Vaccination in Burma 1920-1933 - 1920-1933
Year: 1920
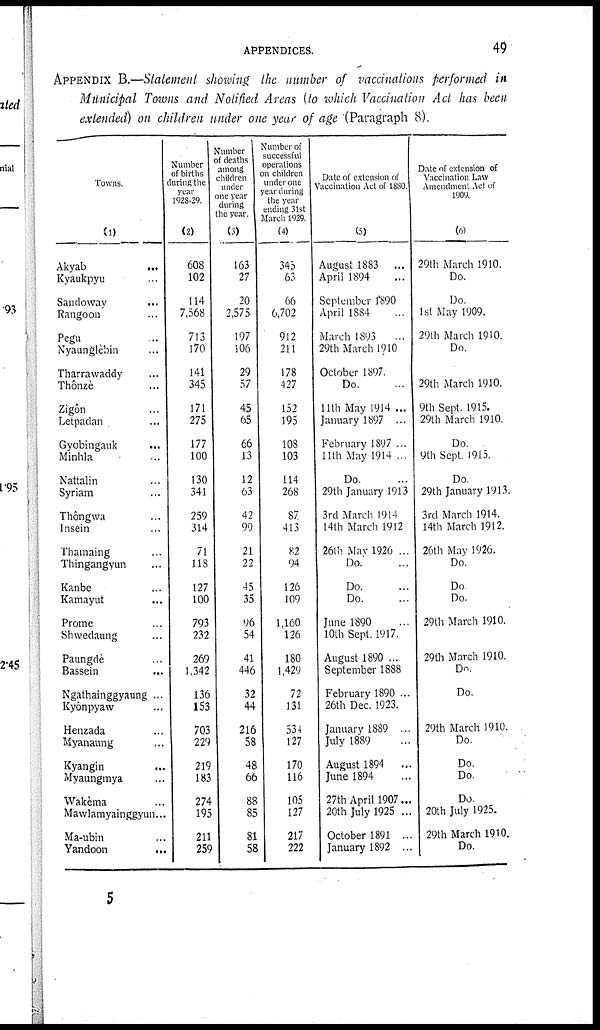
APPENDICES.
49
APPENDIX B.—Statement showing the number of vaccinations performed in
Municipal Towns and Notified Areas (to which Vaccination Act has been
extended) on children under one year of age (Paragraph 8).
Towns.
(1)
Akyab
...
Kyaukpyu ...
Sandoway
...
Rangoon ...
Pegu ...
Nyaunglèbin ...
Tharrawaddy ...
Thônzè ...
Zigôn ...
Letpadan ...
Gyobingauk ...
Minhla ...
Nattalin ...
Syriam ...
Thôngwa ...
Insein ...
Thamaing ...
Thingangyun ...
Kanbe ...
Kamayut ...
Prome ...
Shwedaung ...
Paungdè ...
Bassein ...
Ngathainggyaung ...
Kyônpyaw ...
Henzada ...
Myanaung ...
Kyangin ...
Myaungmya ...
Wakèma ...
Mawlamyainggyun...
Ma-ubin ...
Yandoon
...
Number
of births
during the
year
1928-29.
(2)
608
102
114
7,568
713
170
141
345
171
275
177
100
130
341
259
314
71
118
127
100
793
232
269
1,342
136
153
703
229
219
183
274
195
211
259
Number
of deaths
among
children
under
one year
during
the year.
(3)
163
27
20
2,575
197
106
29
57
45
65
66
13
12
63
42
99
21
22
45
35
96
54
41
446
32
44
216
58
48
66
88
85
81
58
Number of
successful
operations
on children
under one
year during
the year
ending 31st
March 1929.
(4)
345
63
66
6,702
912
211
178
427
152
195
108
103
114
268
87
413
82
94
126
109
1,160
126
180
1,429
72
131
534
127
170
116
105
127
217
222
Date of extension of
Vaccination Act of 1880.
(5)
August 1883 ...
April 1894
September 1890
April 1884
March 1893
29th March 1910
October 1897.
Do.
11th May 1914 ...
January 1897 ...
February 1897 ...
11th May 1914 ...
Do.
29th January 1913
3rd March 1914
14th March 1912
26th Mav 1926 ...
Do.
Do.
Do.
June 1890
10th Sept. 1917.
August 1890 ...
September 1888
February 1890 ...
26th Dec. 1923.
January 1889 ...
July 1889 ...
August 1894 ...
June 1894
27th April 1907...
20th July 1925 ...
October 1891 ...
January 1892 ...
Date of extension of
Vaccination Law
Amendment Act of
1909.
(6)
29th March 1910.
Do.
Do.
1st May 1909.
29th March 1910.
Do.
29th March 1910.
9th Sept. 1915.
29th March 1910.
Do.
9th Sept. 1915.
Do.
29th January 1913.
3rd March 1914.
14th March 1912.
26th May 1926.
Do.
Do
Do.
29th March 1910.
29th March 1910.
Do.
Do.
29th March 1910.
Do.
Do.
Do.
Do.
20th July 1925.
29th March 1910.
Do.
5